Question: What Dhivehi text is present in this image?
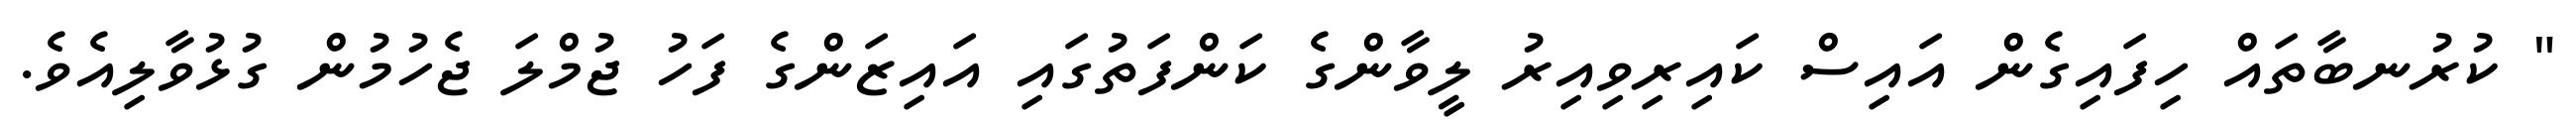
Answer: " ކުރުނބާތައް ހިފައިގެން އައިސް ކައިރިވިއިރު ލީވާންގެ ކަންފަތުގައި އައިޒަންގެ ފަހު ޖުމްލަ ޖެހުމުން ގުޅުވާލިއެވެ.